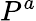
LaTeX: P^{a}